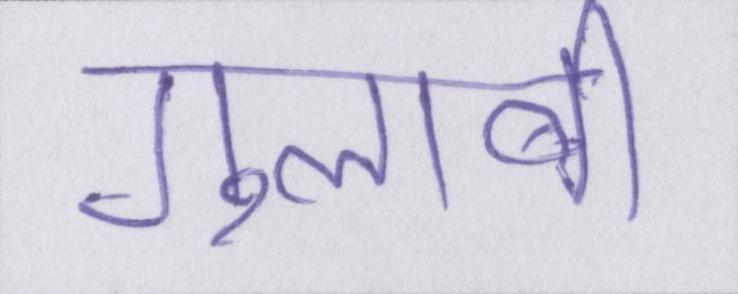
गुलाबी